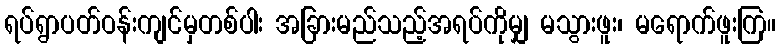
ရပ်ရွာပတ်ဝန်းကျင်မှတစ်ပါး အခြားမည်သည့်အရပ်ကိုမျှ မသွားဖူး၊ မရောက်ဖူးကြ။